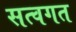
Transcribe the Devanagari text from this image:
सत्वगत